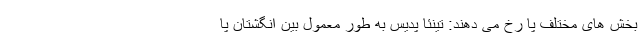
بخش های مختلف پا رخ می دهند: تینئا پدیس به طور معمول بین انگشتان پا